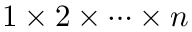
1 \times 2 \times \cdots \times n